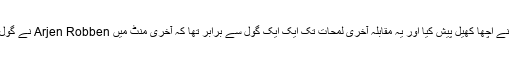
اس میچ میں بوخم کے کھلاڑیوں نے اچھا کھیل پیش کیا اور یہ مقابلہ آخری لمحات تک ایک ایک گول سے برابر تھا کہ آخری منٹ میں Arjen Robben نے گول کر کے میونخ کو جیت دلوا دی۔